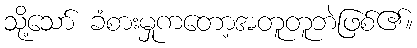
သို့သော် ခံစားမှုကတော့အတူတူဘဲဖြစ်၏။